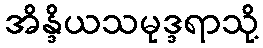
အိန္ဒိယသမုဒ္ဒရာသို့